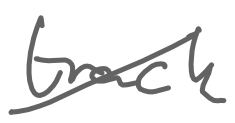
Text: track
Cross-out: diagonal
Writing tool: digital_gray